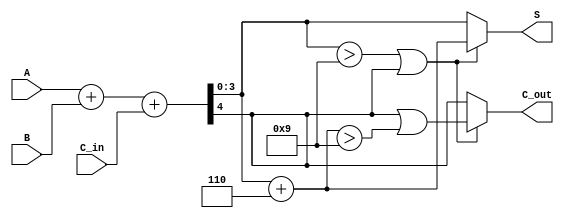
module BCD_Fast_Adder (
    input  wire [3:0] A,      // First BCD digit
    input  wire [3:0] B,      // Second BCD digit
    input  wire C_in,         // Carry-in
    output reg  [3:0] S,      // BCD sum
    output reg  C_out         // Carry-out
);

    wire [4:0] Sum;           // 5-bit sum for A + B + C_in
    wire correction_needed;    // Flag for correction
    wire [3:0] corrected_sum;  // Corrected sum after adding 6

    // Step 1: Binary addition of A, B and C_in
    assign Sum = A + B + C_in;

    // Step 2: Determine if correction is needed
    assign correction_needed = (Sum[3:0] > 9) || (Sum[4] == 1);

    // Step 3: Calculate corrected sum if needed
    assign corrected_sum = Sum[3:0] + 4'b0110; // Add 6 in binary

    // Step 4: Final output logic
    always @(*) begin
        if (correction_needed) begin
            S = corrected_sum;  // Use corrected sum
            C_out = Sum[4] | (corrected_sum > 9); // Carry out if original sum had carry or corrected sum exceeds 9
        end else begin
            S = Sum[3:0];       // No correction needed
            C_out = Sum[4];     // Carry out from the original sum
        end
    end

endmodule